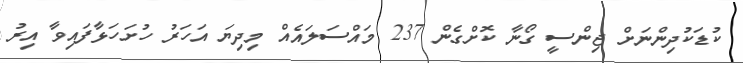
ކުޑަކުދިންނަށް ޖިންސީ ގޯނާ ކޮށްގެން 237 މައްސަލައެއް މިދިޔަ އަހަރު ހުށަހަޅާފައިވާ އިރު